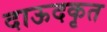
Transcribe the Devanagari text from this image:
दाऊदकृत